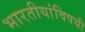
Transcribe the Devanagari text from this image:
भारतीयांविषयी